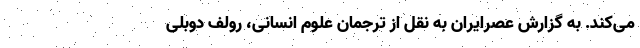
می‌کند. به گزارش عصرایران به نقل از ترجمان علوم انسانی، رولف دوبلی